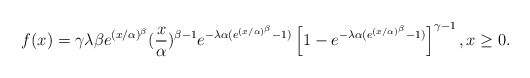
\begin{align*}f(x)={\small \gamma \lambda \beta e}^{(x/\alpha )^{\beta }}(\frac{{\small x}}{{\small \alpha }})^{\beta -1}e^{-\lambda \alpha (e^{(x/\alpha )^{\beta}}-1)}\left[ 1-e^{-\lambda \alpha (e^{(x/\alpha )^{\beta }}-1)}\right]^{\gamma -1},x\geq 0. \end{align*}